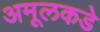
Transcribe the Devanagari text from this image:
अमूलकडे